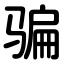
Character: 骗